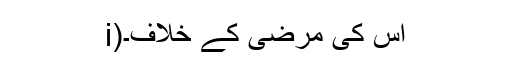
i)اس کی مرضی کے خلاف۔